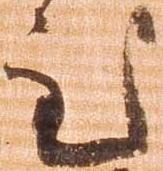
至